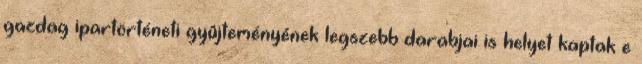
gazdag ipartörténeti gyûjteményének legszebb darabjai is helyet kaptak e